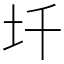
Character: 圲